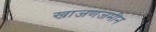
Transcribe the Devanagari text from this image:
खाजणजमीन